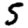
Digit: 5